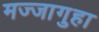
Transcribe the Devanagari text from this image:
मज्जागुहा